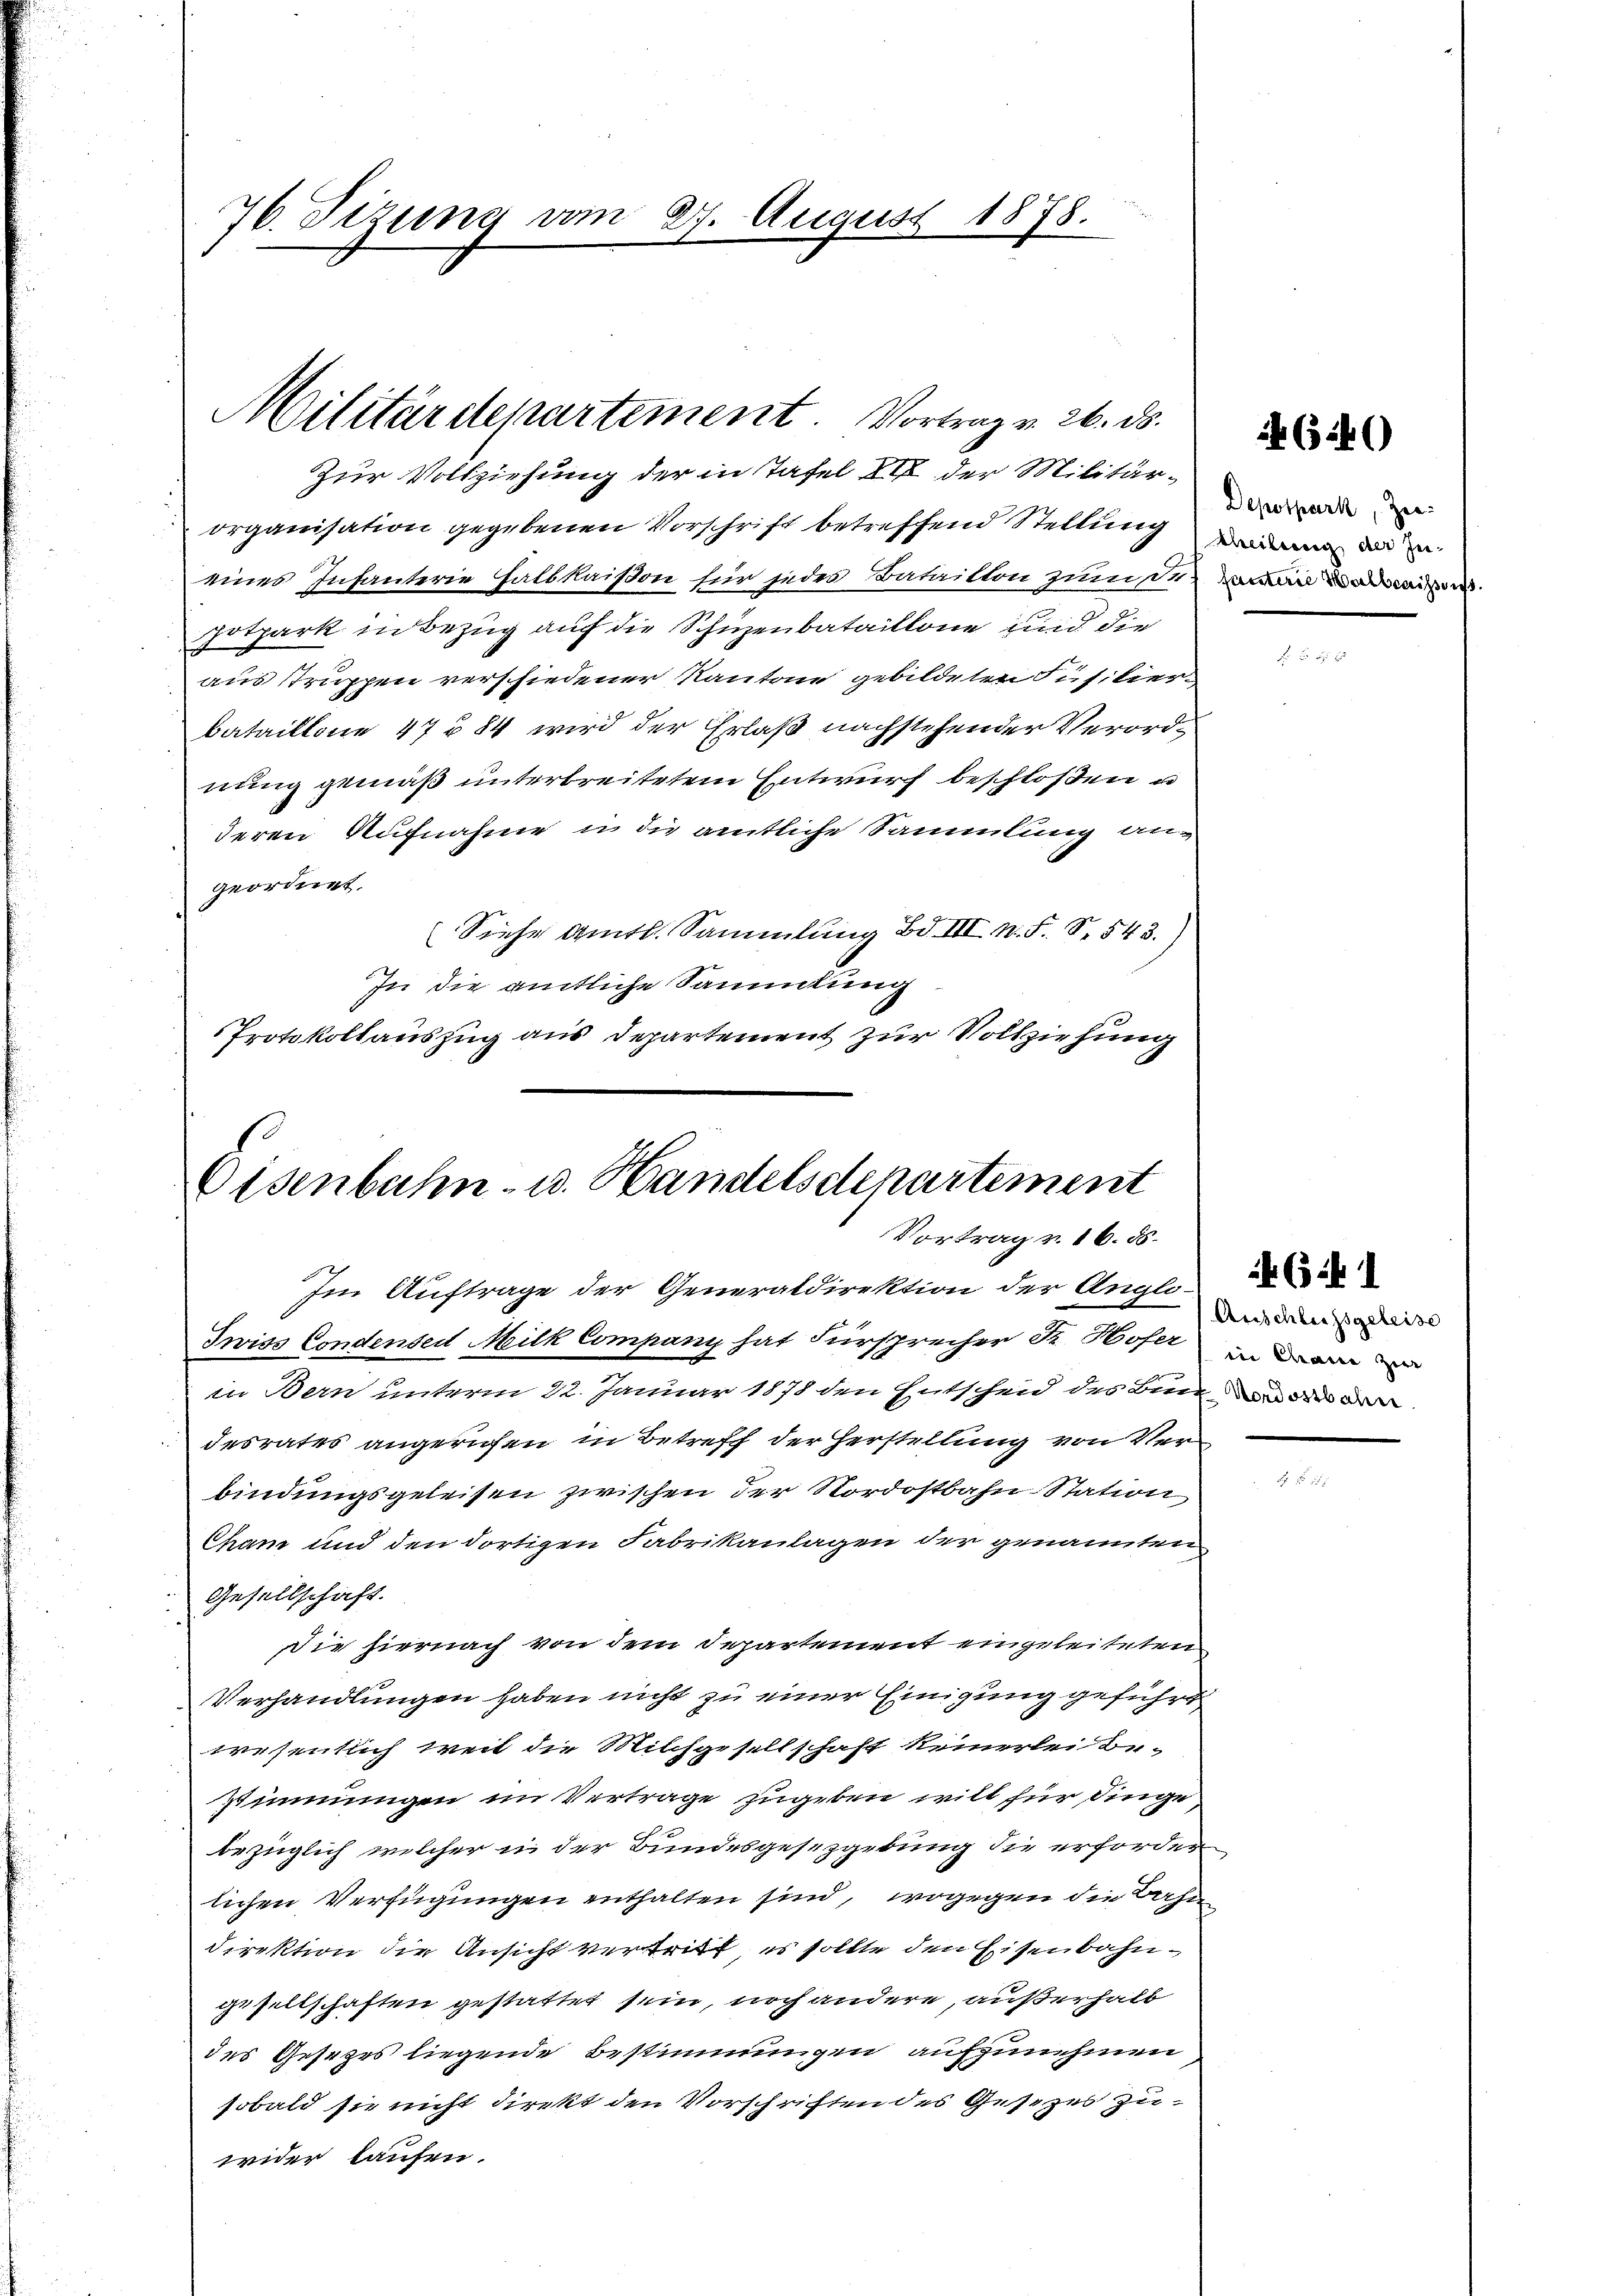
76. Sizung vom 27. August 1878.

Militärdepartement. Vortrag v. 26. ds.

Zur Vollziehung der in Tafel XII der Militärorganisation gegebenen Vorschrift betreffend Stellung dem d
eines Infanterie Halbkaison für jedes Bataillon zum den Baum dad
Hotpark in Bezug auf die Schüzenbataillone und die
aus struppen verschiedener Kantone gebildeten Füsilier
bataillone 47 § 84 wird der Erlaß nachstehender Verordnung gemäß unterbreitetem Entwurf beschloßen u
deren Aufnahme u. die amtliche Sammlung angeordnet.
Siehe amtl. Sammlung Bd. III n. F. S. 543.)
In die amtliche Sammlung
Protokollauszug aus Departement zur Vollziehung

Eisenbahn- u. Handelsdepartement
Vortrag v. 16. 85.
Im Auftrage der Generaldirektion der Anglo¬
Swiss Condensed Milk Company hat Fürsprecher Fr. Hofer in da

in Bern unterm 22. Januar 1878 den Entscheid des Bun
desrates angerufen in Betreff der Herstellung von Verbindungsgeleisen zwischen der Nordostbahn Station
Cham und den dortigen Fabrikanlagen der genannten
Gesellschaft.
Die hiernach von dem Departement eingeleiteten
Verhandlungen haben nicht zu einer Einigung geführt
wesentlich weit die Milchgesellschaft keinerlei be-
Zimmungen im Verträge zugeben will für dinge
bezüglich welcher in der Bundesgesetzgebung die erforder
lichen Verfügungen enthalten sind, wogegen die Bahn
direktion die Ansicht vertritt es sollte den Eisenbahngesellschaften gestattet sein, noch andere, außerhalb
des Gesezes liegende Bestimmungen aufzunehmen
sobald sie nicht direkt den Vorschriften des Gesetzes zuwider laufen.

r

Depotpark, Zei-

(546)

(i 1
Anschlussgeleise
Nordostbahn